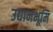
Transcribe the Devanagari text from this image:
उद्यानभूमि